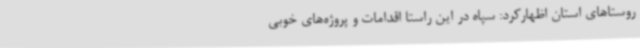
روستاهای استان اظهارکرد: سپاه در این راستا اقدامات و پروژه‌های خوبی